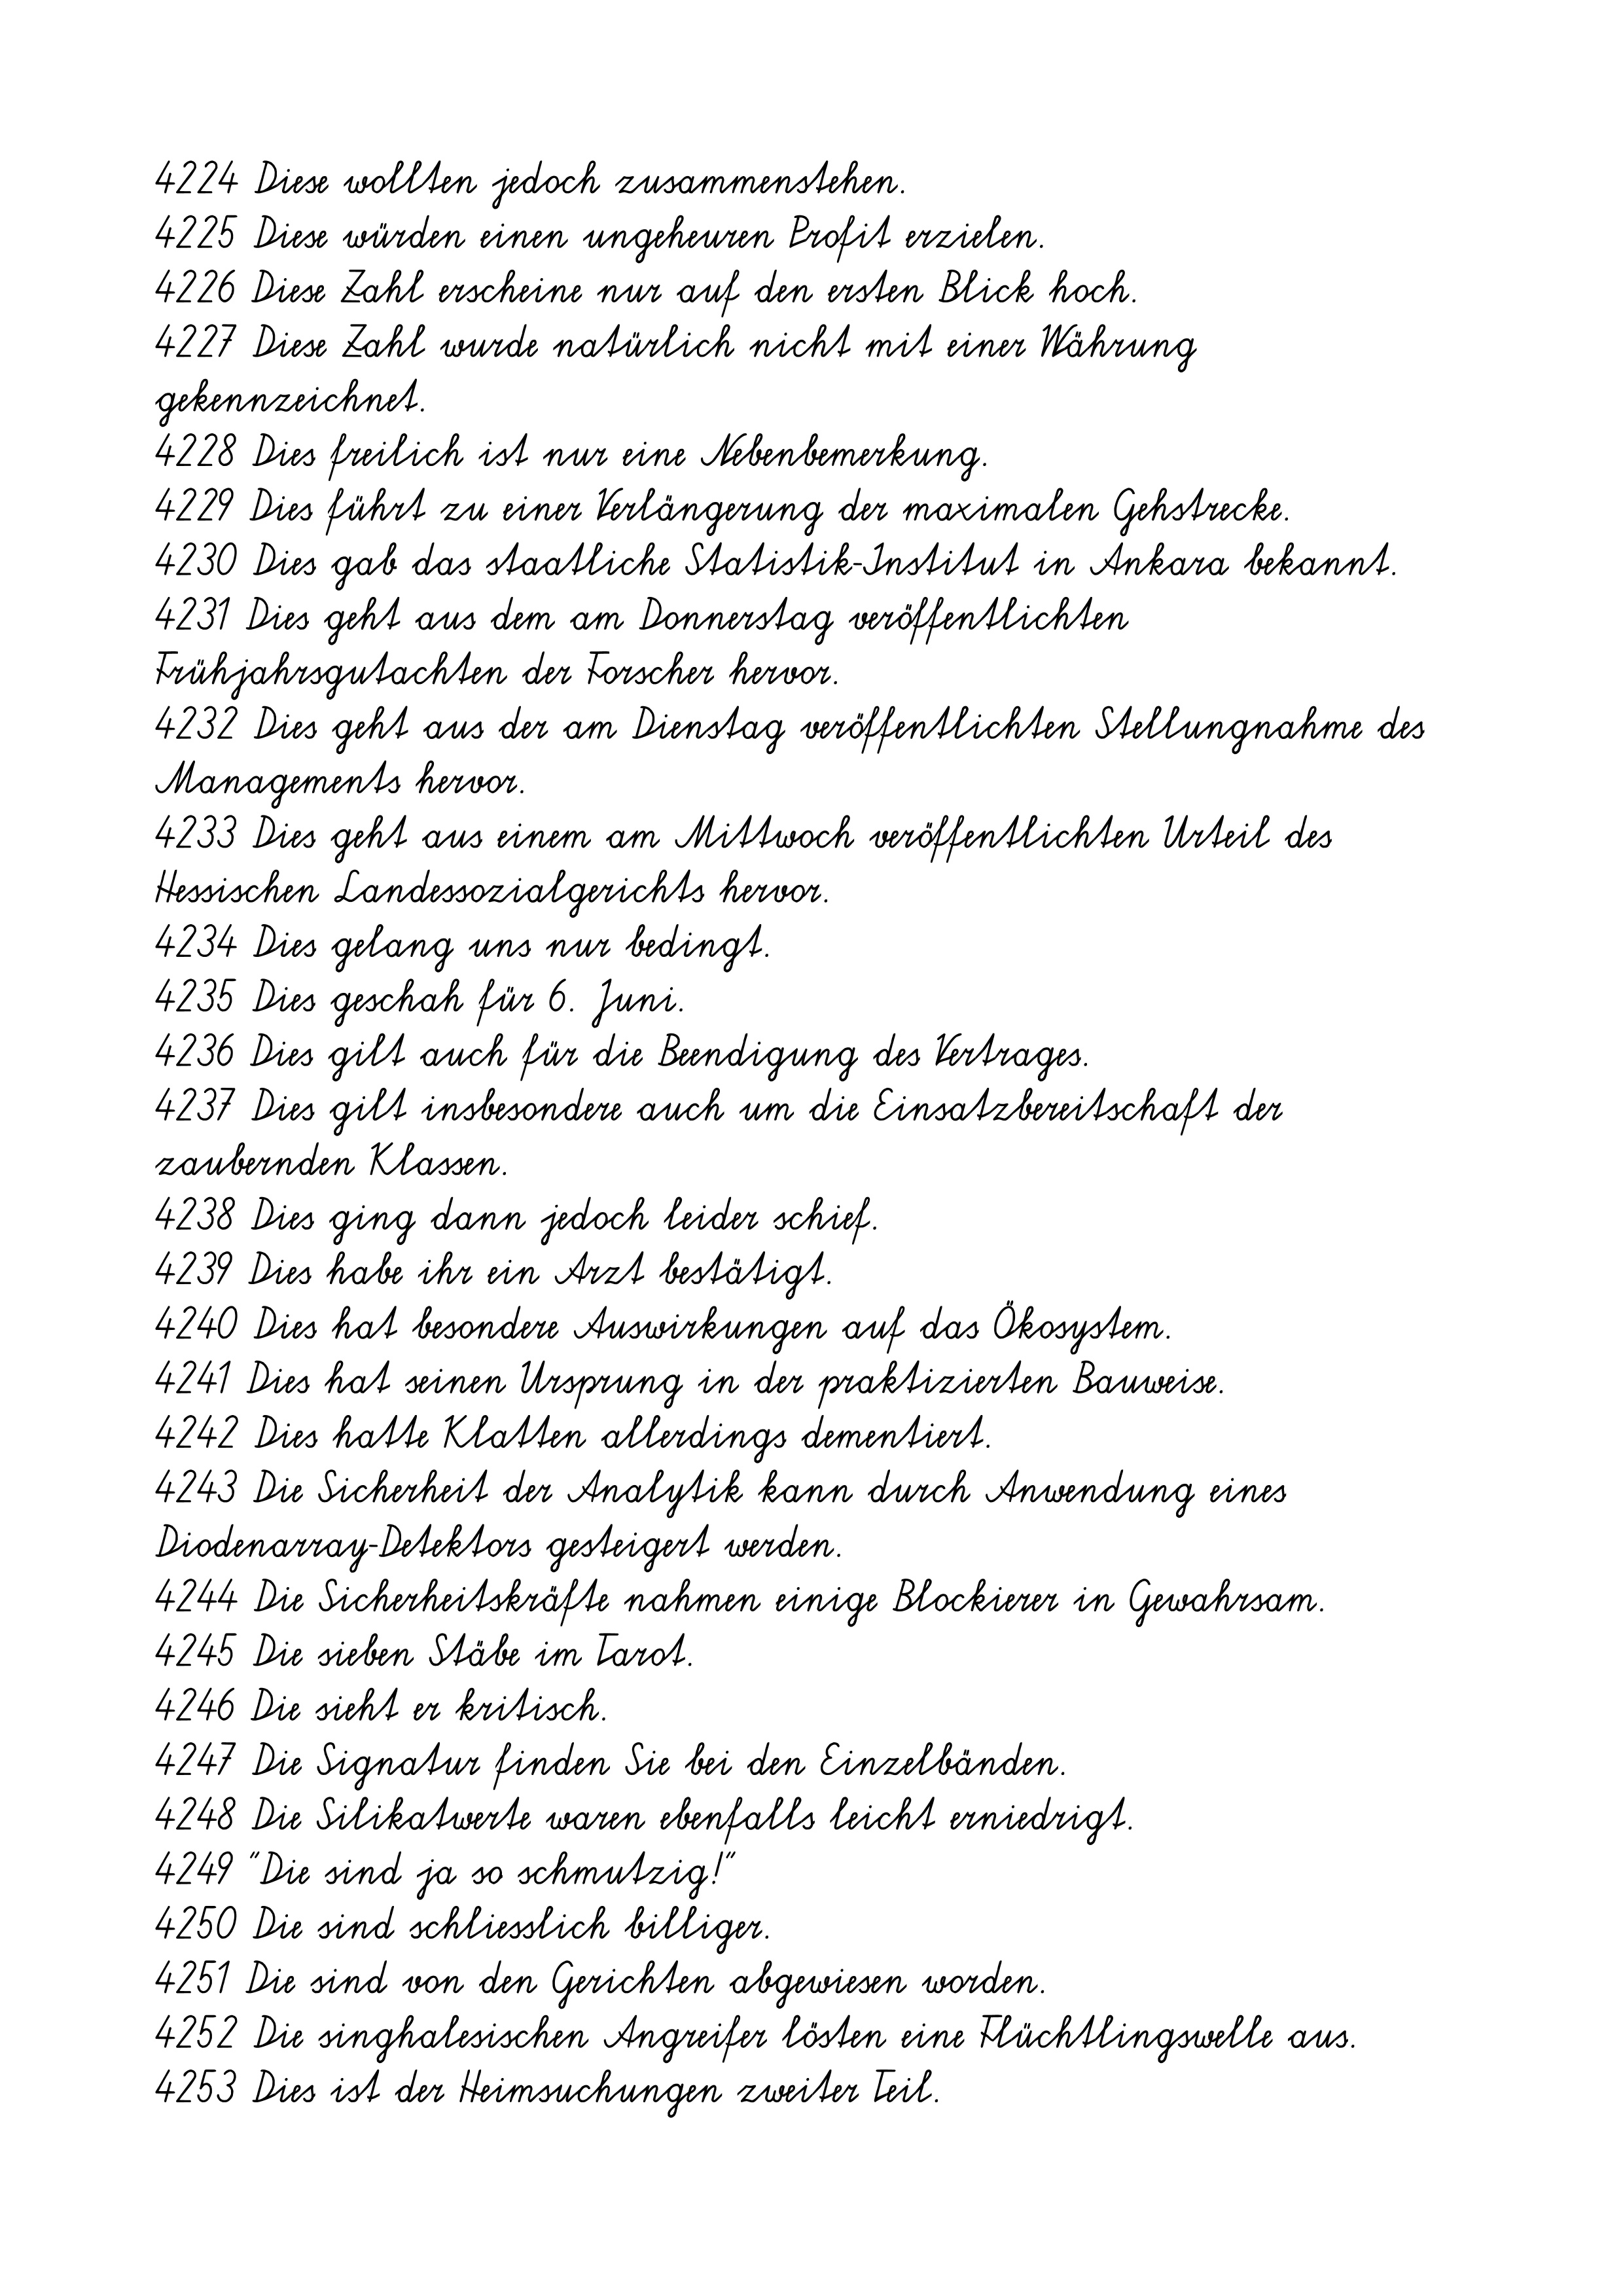
4224 Diese wollten jedoch zusammenstehen.
4225 Diese würden einen ungeheuren Profit erzielen.
4226 Diese Zahl erscheine nur auf den ersten Blick hoch.
4227 Diese Zahl wurde natürlich nicht mit einer Währung
gekennzeichnet.
4228 Dies freilich ist nur eine Nebenbemerkung.
4229 Dies führt zu einer Verlängerung der maximalen Gehstrecke.
4230 Dies gab das staatliche Statistik-Institut in Ankara bekannt.
4231 Dies geht aus dem am Donnerstag veröffentlichten
Frühjahrsgutachten der Forscher hervor.
4232 Dies geht aus der am Dienstag veröffentlichten Stellungnahme des
Managements hervor.
4233 Dies geht aus einem am Mittwoch veröffentlichten Urteil des
Hessischen Landessozialgerichts hervor.
4234 Dies gelang uns nur bedingt.
4235 Dies geschah für 6. Juni.
4236 Dies gilt auch für die Beendigung des Vertrages.
4237 Dies gilt insbesondere auch um die Einsatzbereitschaft der
zaubernden Klassen.
4238 Dies ging dann jedoch leider schief.
4239 Dies habe ihr ein Arzt bestätigt.
4240 Dies hat besondere Auswirkungen auf das Ökosystem.
4241 Dies hat seinen Ursprung in der praktizierten Bauweise.
4242 Dies hatte Klatten allerdings dementiert.
4243 Die Sicherheit der Analytik kann durch Anwendung eines
Diodenarray-Detektors gesteigert werden.
4244 Die Sicherheitskräfte nahmen einige Blockierer in Gewahrsam.
4245 Die sieben Stäbe im Tarot.
4246 Die sieht er kritisch.
4247 Die Signatur finden Sie bei den Einzelbänden.
4248 Die Silikatwerte waren ebenfalls leicht erniedrigt.
4249 "Die sind ja so schmutzig!"
4250 Die sind schliesslich billiger.
4251 Die sind von den Gerichten abgewiesen worden.
4252 Die singhalesischen Angreifer lösten eine Flüchtlingswelle aus.
4253 Dies ist der Heimsuchungen zweiter Teil.